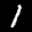
Label: 1